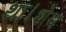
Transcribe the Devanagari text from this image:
था।शेष